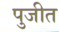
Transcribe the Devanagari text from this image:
पुजीत